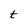
Character: t